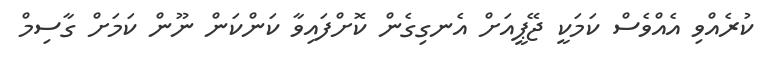
ކުރެއްވި އެއްވެސް ކަމަކީ ޖޭޕީއަށް އެނގިގެން ކޮށްފައިވާ ކަންކަން ނޫން ކަމަށް ގާސިމް